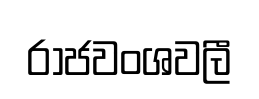
රාජවංශවලී